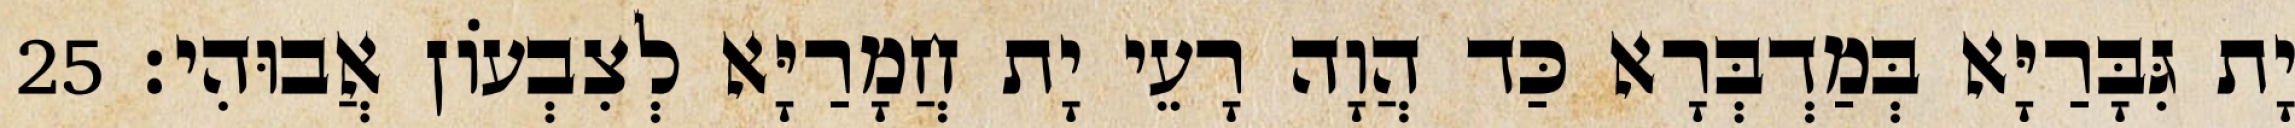
יָת גִּבָּרַיָּא בְּמַדְבְּרָא כַּד הֲוָה רָעֵי יָת חֲמָרַיָּא לְצִבְעוֹן אֲבוּהִי׃ 25